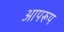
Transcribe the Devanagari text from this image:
आपरूप